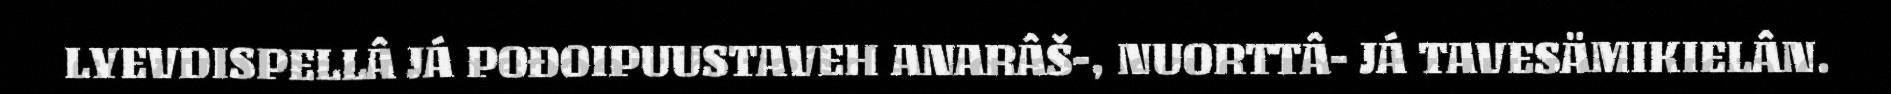
LYEVDISPELLÂ JÁ POĐOIPUUSTAVEH ANARÂŠ-, NUORTTÂ- JÁ TAVESÄMIKIELÂN.